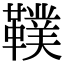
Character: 䪁